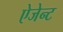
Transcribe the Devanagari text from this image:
ऐजेन्‍ट